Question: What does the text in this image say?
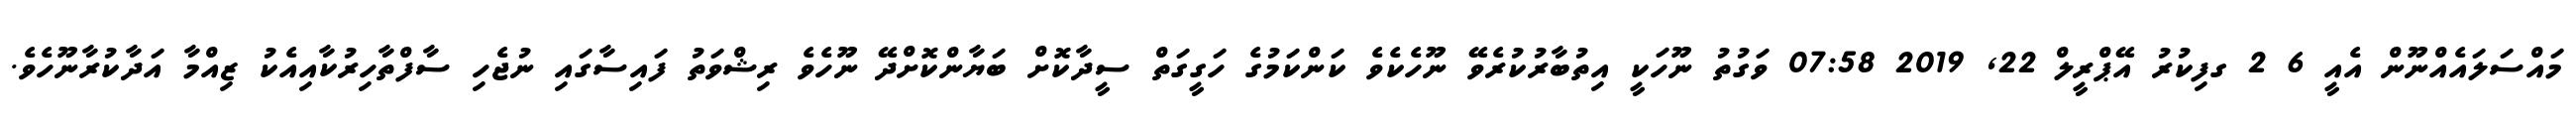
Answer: މައްސަލައެއްނޫން އެއީ 6 2 ގފިކުރު އޭޕްރީލް 22, 2019 07:58 ވަގުތު ނޫހަކީ އިތުބާރުކުރެވޭ ނޫހެކެވެ ކަންކަމުގެ ހަގީގަތް ސީދާކޮށް ބަޔާންކޮށްދޭ ނޫހެވެ ރިޝްވަތު ފައިސާގައި ނުޖެހި ސާފްތާހިރުކާއިއެކު ޒިއްމާ އަދާކުރާނޫހެވެ.